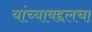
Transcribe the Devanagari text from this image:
यांच्याबद्दलचा